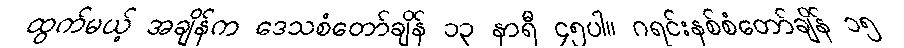
ထွက်မယ့် အချိန်က ဒေသစံတော်ချိန် ၁၃ နာရီ ၄၅ပါ။ ဂရင်းနစ်စံတော်ချိန် ၁၅